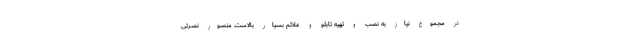
در مجموع نیاز به نصب و تهیه تابلو و علائم بسیار بالاست. منصور نصرتی